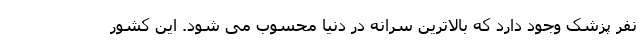
نفر پزشک وجود دارد که بالاترین سرانه در دنیا محسوب می شود. این کشور